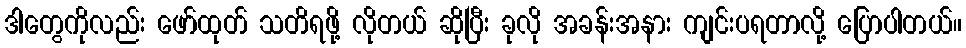
ဒါတွေကိုလည်း ဖော်ထုတ် သတိရဖို့ လိုတယ် ဆိုပြီး ခုလို အခန်းအနား ကျင်းပရတာလို့ ပြောပါတယ်။